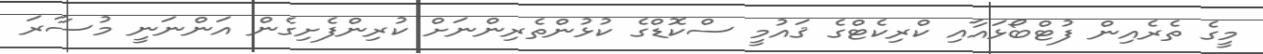
މީގެ ތެރެއިން ފުޓްބޯޅައާއި ކްރިކެޓްގެ ޤައުމީ ސްކޮޑްގެ ކުޅުންތެރިންނަށް ކުރިންފެށިގެން އަންނަނީ މުސާރަ